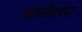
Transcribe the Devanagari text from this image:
मार्कासगया